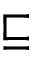
\sqsubseteq